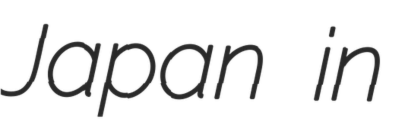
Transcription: Japan in